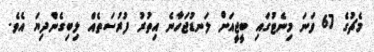
މެޗުގެ 67 ވަނަ މިނެޓުގައި ބީޖީއަށް ލަނޑުޖަހާނެ އިތުރު ފުރުސަތެއް ލިބިގެންދިޔަ އެވެ.